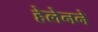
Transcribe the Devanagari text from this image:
हेलेनने